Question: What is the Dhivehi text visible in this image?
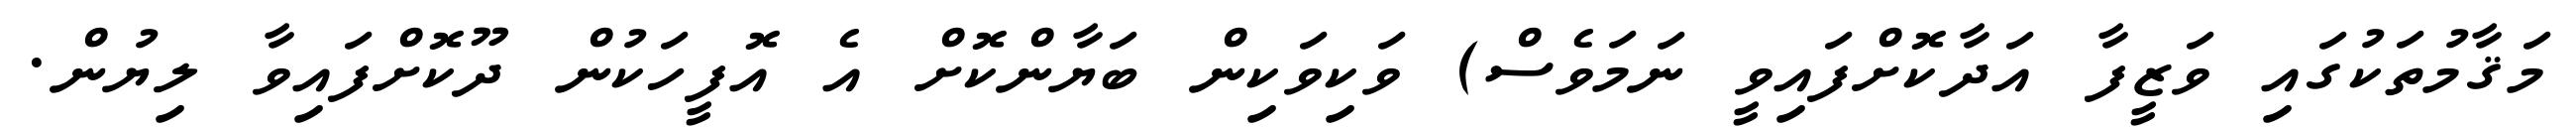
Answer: މަޤާމުތަކުގައި ވަޒީފާ އަދާކޮށްފައިވީ ނަމަވެސް) ވަކިވަކިން ބަޔާންކޮށް އެ އޮފީހަކުން ދޫކޮށްފައިވާ ލިޔުން.